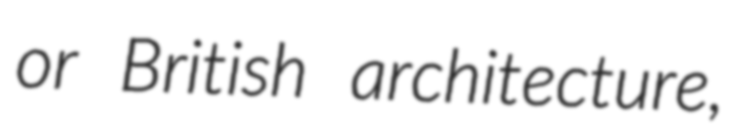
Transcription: or British architecture,